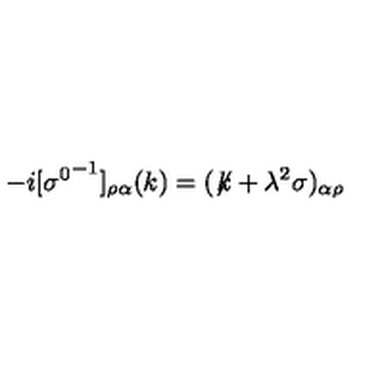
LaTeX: - i [ { \sigma ^ { 0 } } ^ { - 1 } ] _ { \rho \alpha } ( k ) = ( \not \! k + \lambda ^ { 2 } \sigma ) _ { \alpha \rho }